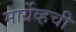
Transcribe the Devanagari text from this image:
मार्ग्रेव्हची